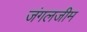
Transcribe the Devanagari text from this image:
जंगलजीम